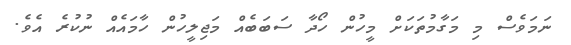
ނަމަވެސް މި މަގާމުތަކަށް މީހުން ހޯދާ ސަބަބެއް މަޖިލީހުން ހާމައެއް ނުކުރެ އެވެ.